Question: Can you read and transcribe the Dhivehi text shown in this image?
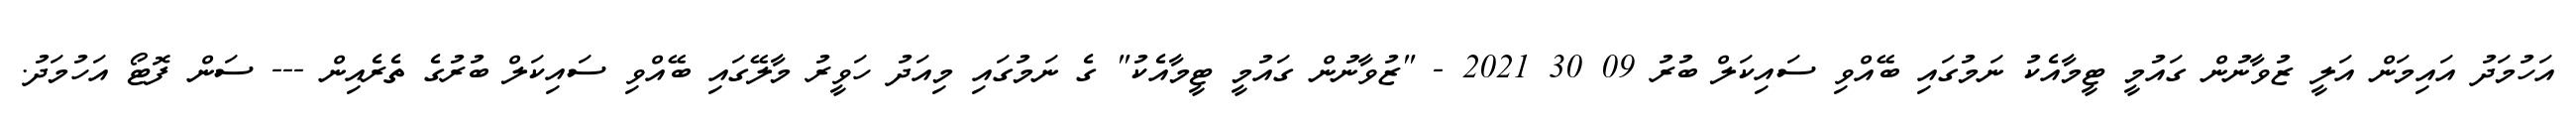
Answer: އަހުމަދު އައިމަން އަލީ ޒުވާނުން ގައުމީ ޓީމާއެކު ނަމުގައި ބޭއްވި ސައިކަލް ބުރު 09 30 2021 - "ޒުވާނުން ގައުމީ ޓީމާއެކު" ގެ ނަމުގައި މިއަދު ހަވީރު މާލޭގައި ބޭއްވި ސައިކަލް ބުރުގެ ތެރެއިން --- ސަން ފޮޓޯ އަހުމަދު.